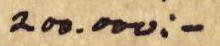
200.000:-